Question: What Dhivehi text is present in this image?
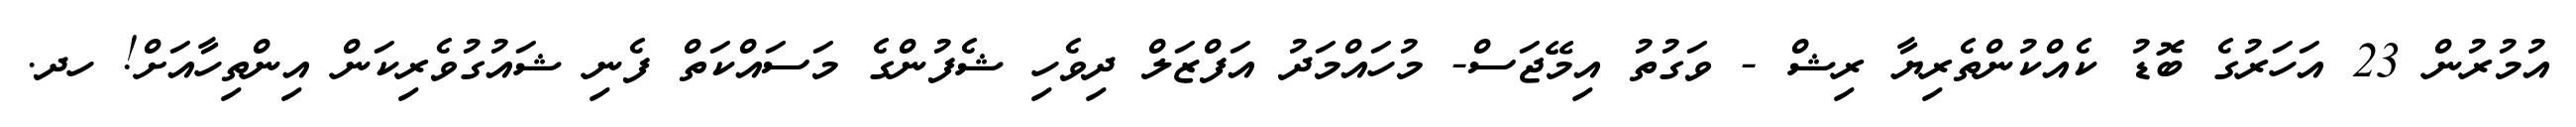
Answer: އުމުރުން 23 އަހަރުގެ ބޮޑު ކެއްކުންތެރިޔާ ރިޝް - ވަގުތު އިމޭޖަސް- މުހައްމަދު އަފްޒަލް ދިވެހި ޝެފުންގެ މަސައްކަތް ފެނި ޝައުގުވެރިކަން އިންތިހާއަށް! ހދ.